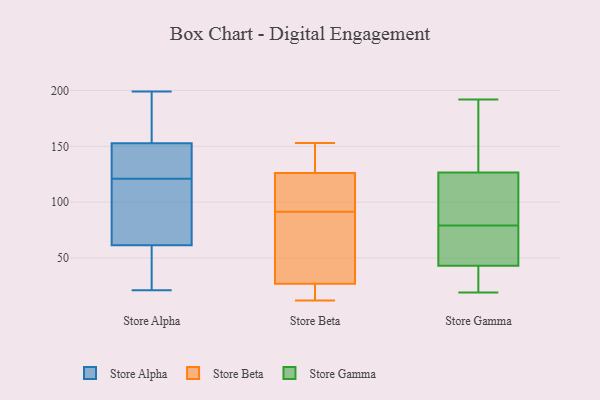
{"axis": {"x": "Population (Million)", "y": "Value"}, "legend": ["Store Alpha", "Store Beta", "Store Gamma"], "data": [{"x": "", "y": 21, "type": "Store Alpha"}, {"x": "", "y": 118, "type": "Store Alpha"}, {"x": "", "y": 155, "type": "Store Alpha"}, {"x": "", "y": 191, "type": "Store Alpha"}, {"x": "", "y": 121, "type": "Store Alpha"}, {"x": "", "y": 199, "type": "Store Alpha"}, {"x": "", "y": 146, "type": "Store Alpha"}, {"x": "", "y": 69, "type": "Store Alpha"}, {"x": "", "y": 59, "type": "Store Alpha"}, {"x": "", "y": 129, "type": "Store Alpha"}, {"x": "", "y": 49, "type": "Store Alpha"}, {"x": "", "y": 123, "type": "Store Beta"}, {"x": "", "y": 77, "type": "Store Beta"}, {"x": "", "y": 153, "type": "Store Beta"}, {"x": "", "y": 126, "type": "Store Beta"}, {"x": "", "y": 40, "type": "Store Beta"}, {"x": "", "y": 27, "type": "Store Beta"}, {"x": "", "y": 12, "type": "Store Beta"}, {"x": "", "y": 19, "type": "Store Beta"}, {"x": "", "y": 106, "type": "Store Beta"}, {"x": "", "y": 128, "type": "Store Beta"}, {"x": "", "y": 103, "type": "Store Gamma"}, {"x": "", "y": 26, "type": "Store Gamma"}, {"x": "", "y": 66, "type": "Store Gamma"}, {"x": "", "y": 34, "type": "Store Gamma"}, {"x": "", "y": 127, "type": "Store Gamma"}, {"x": "", "y": 19, "type": "Store Gamma"}, {"x": "", "y": 80, "type": "Store Gamma"}, {"x": "", "y": 126, "type": "Store Gamma"}, {"x": "", "y": 71, "type": "Store Gamma"}, {"x": "", "y": 103, "type": "Store Gamma"}, {"x": "", "y": 22, "type": "Store Gamma"}, {"x": "", "y": 192, "type": "Store Gamma"}, {"x": "", "y": 78, "type": "Store Gamma"}, {"x": "", "y": 52, "type": "Store Gamma"}, {"x": "", "y": 174, "type": "Store Gamma"}, {"x": "", "y": 129, "type": "Store Gamma"}]}